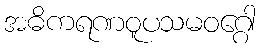
အဓိကရဏဝူပသမဝဂ္ဂေါ